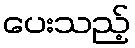
ပေးသည့်